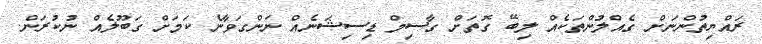
ރައްޔިތުންނަށް ގެއްލުންތަކެއް ލިބޭ ގޮތަށް ގާސިމް ޑިސިޝަނެއް ނަންގަވާނެ ކަމަށް ގަބޫލެއް ނުކުރަން.